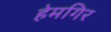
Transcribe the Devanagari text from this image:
हेमगिर